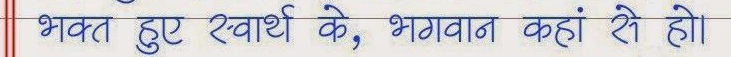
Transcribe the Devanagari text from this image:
भक्त हुए स्वार्थी के, भगवान कहां से हो।